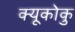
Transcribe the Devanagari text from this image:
क्यूकोकु